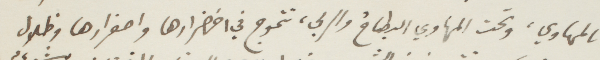
بالمهاوي، وتحت المهاوي البطاح والربى، تتموج في اخضرارها واصفرارها وظلال